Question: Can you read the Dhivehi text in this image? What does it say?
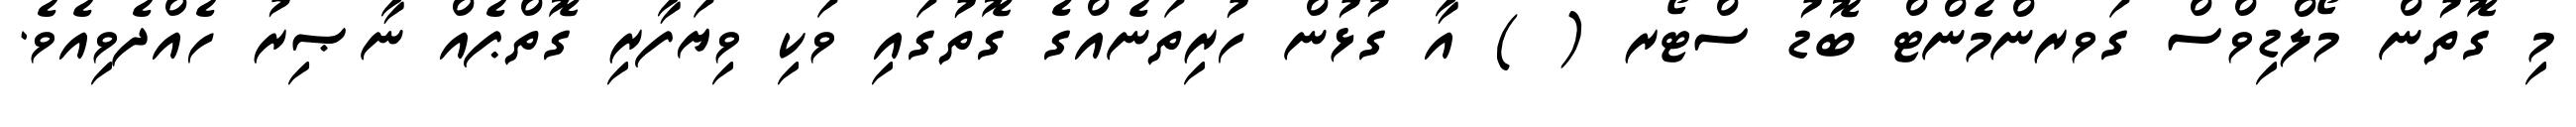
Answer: މި ގޮތުން މޯލްޑިވްސް ގަވރންމެންޓް ބޮޑު ސްޓޯރ ( ) އާ ގުޅުން ހުރިތަނެއްގެ ގޮތުގައި ވަކި ވިޔަފާރި ގޮތްޕެއް ނާޞިރު ހެއްދެވިއެވެ.